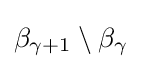
\beta _{\gamma +1}\setminus \beta _{\gamma }